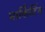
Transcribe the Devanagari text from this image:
मार्किटिंग